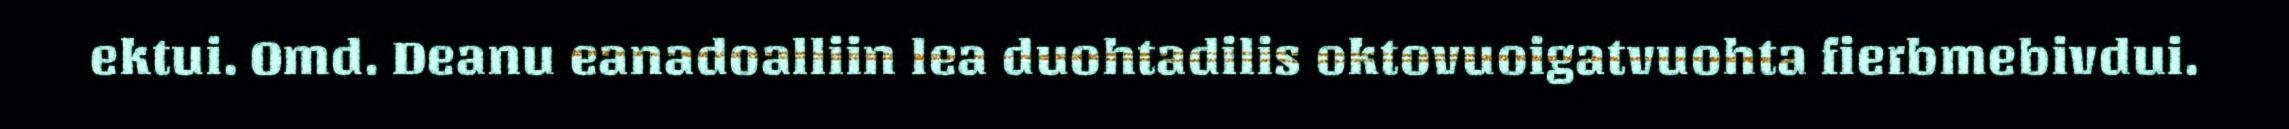
ektui. Omd. Deanu eanadoalliin lea duohtadilis oktovuoigatvuohta fierbmebivdui.